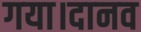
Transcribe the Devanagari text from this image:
गया।दानव